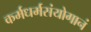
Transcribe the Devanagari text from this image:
कर्मधर्मसंयोगानं